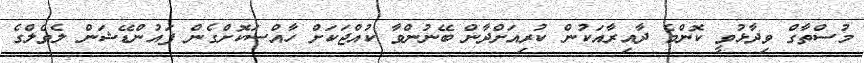
މުސްތާގް ވިދާޅުވީ ކޮންމެ ދާއިރާއަކުން ކުރިއަށްދާން ބޭނުންވާ ކުއްޖަކަށް ހާއްސަކޮށްގެން ފައުންޑޭޝަން ލެވެލްގެ